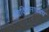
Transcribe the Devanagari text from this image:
चिकित्साप्रबंध